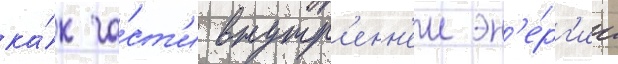
ка́к ча́ст'и внутр'енн'еи эн'е́рг'ии